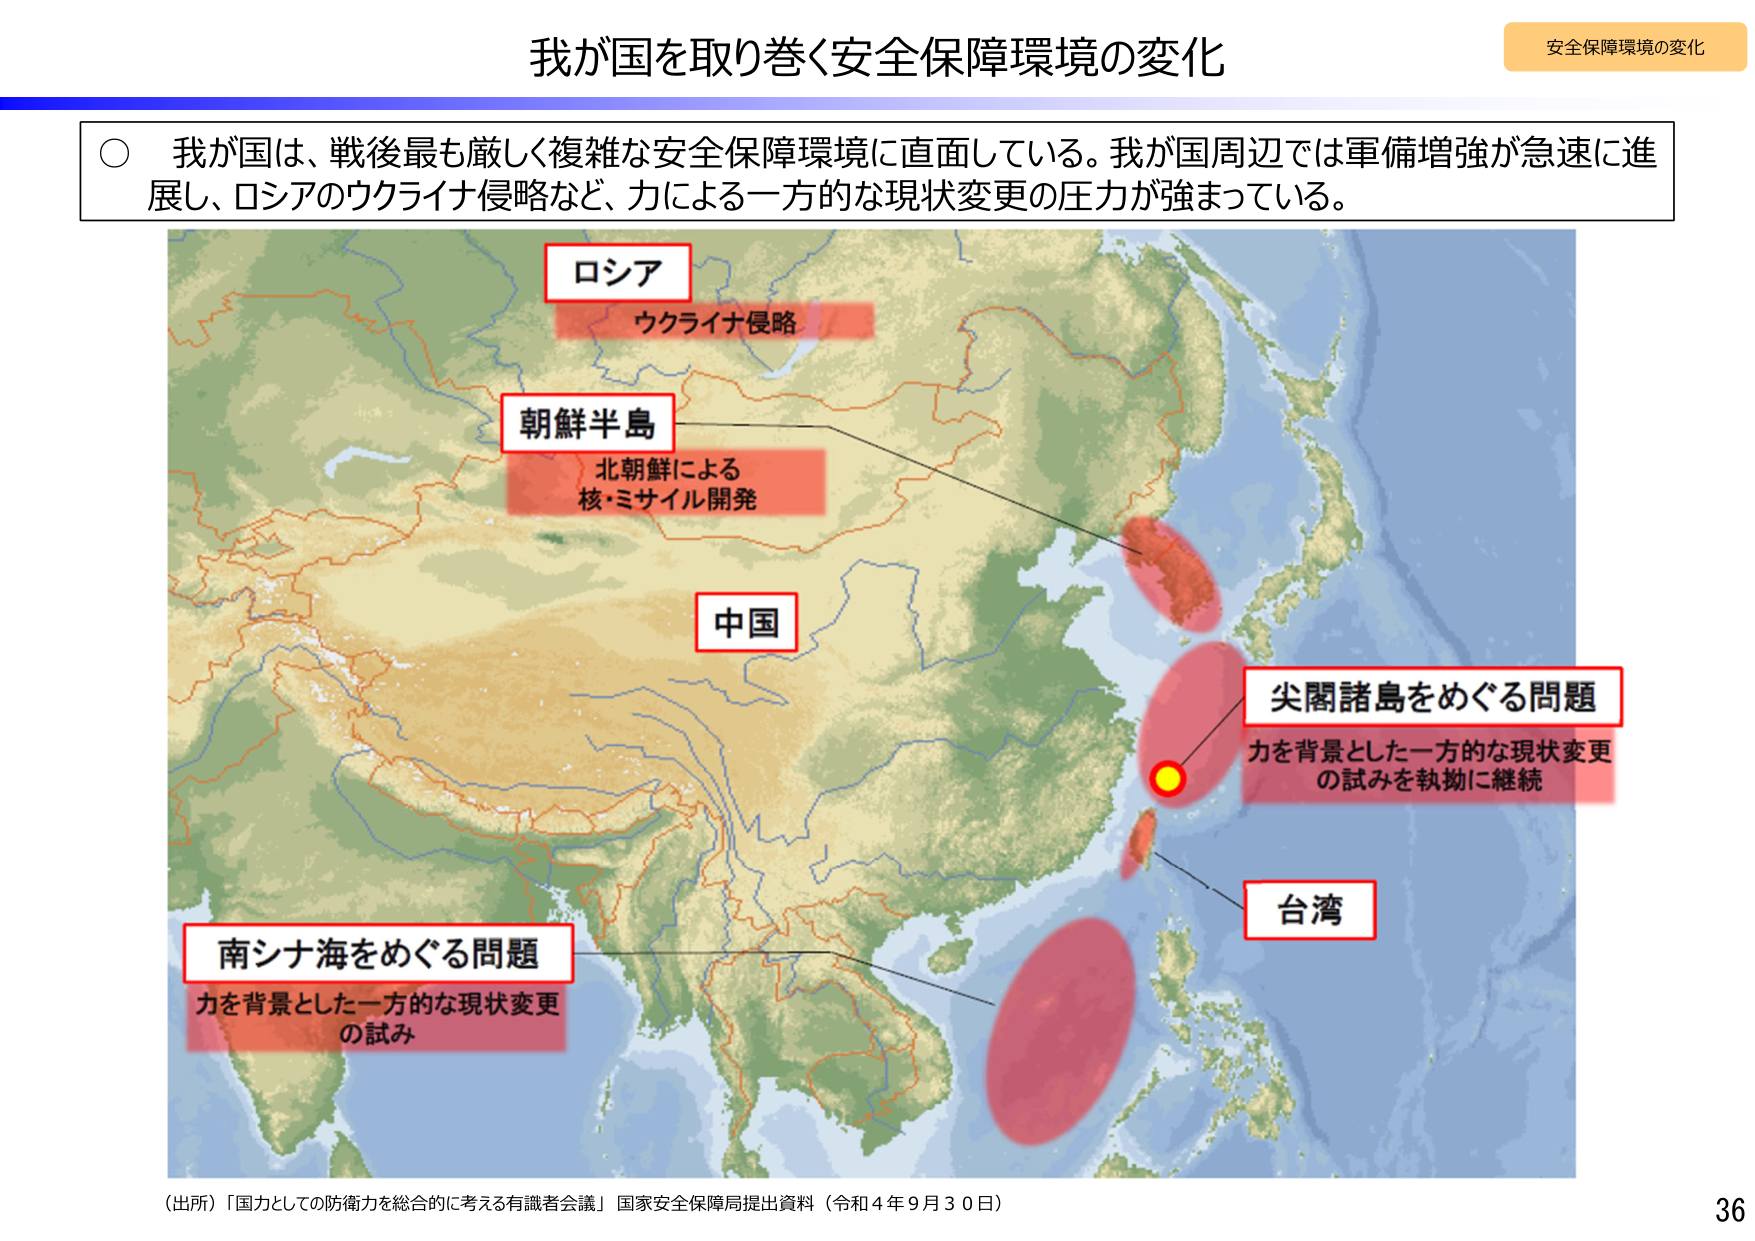
我が国を取り巻く安全保障環境の変化

安全保障環境の変化

○ 我が国は、戦後最も厳しく複雑な安全保障環境に直面している。我が国周辺では軍備増強が急速に進展し、ロシアのウクライナ侵略など、力による一方的な現状変更の圧力が強まっている。

ロシア
ウクライナ侵略

朝鮮半島
北朝鮮による
核・ミサイル開発

中国

尖閣諸島をめぐる問題
力を背景とした一方的な現状変更
の試みを執拗に継続

台湾

南シナ海をめぐる問題
力を背景とした一方的な現状変更
の試み

（出所）「国力としての防衛力を総合的に考える有識者会議」 国家安全保障局提出資料（令和４年９月３０日）

36